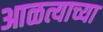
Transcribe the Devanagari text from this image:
आळत्याच्या